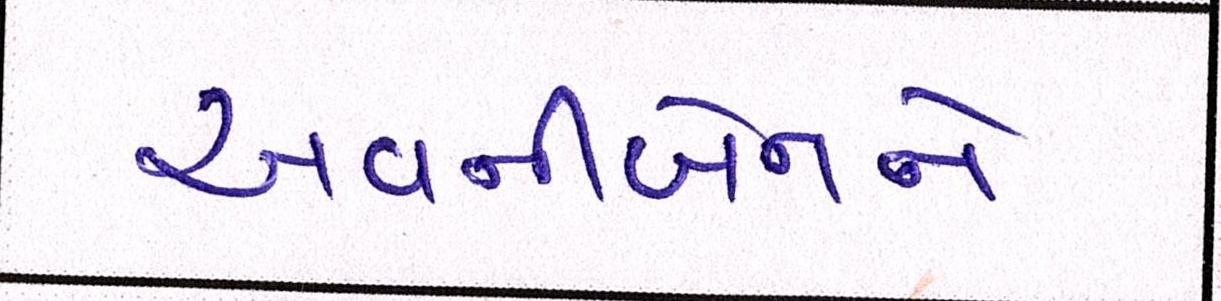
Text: અવનીબેનને